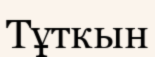
Тұткын